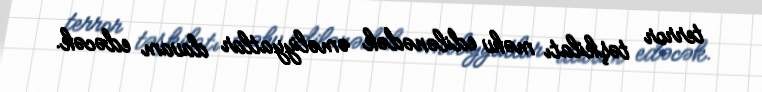
terror təşkilatı məhv edilənədək əməliyyatlar davam edəcək.